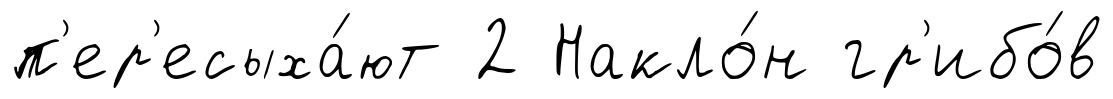
п'ер'есыха́ют 2 Накло́н гр'ибо́в